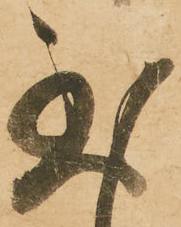
至